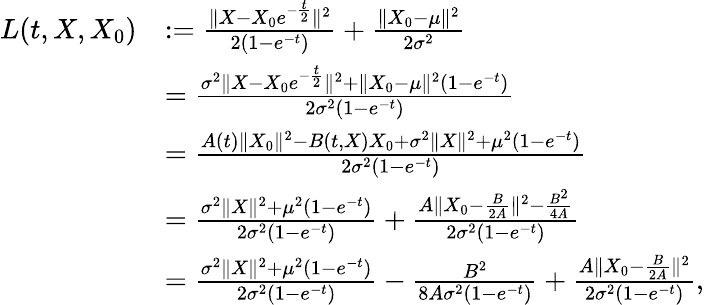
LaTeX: \begin{array}{rl}{L(t,X,X_{0})}&{:=\frac{\| X-X_{0}e^{-\frac{t}{2}}\| ^{2}}{2(1-e^{-t})}+\frac{\| X_{0}-\mu\| ^{2}}{2\sigma^{2}}}\\ &{=\frac{\sigma^{2}\| X-X_{0}e^{-\frac{t}{2}}\| ^{2}+\| X_{0}-\mu\| ^{2}(1-e^{-t})}{2\sigma^{2}(1-e^{-t})}}\\ &{=\frac{A(t)\| X_{0}\| ^{2}-B(t,X)X_{0}+\sigma^{2}\| X\| ^{2}+\mu^{2}(1-e^{-t})}{2\sigma^{2}(1-e^{-t})}}\\ &{=\frac{\sigma^{2}\| X\| ^{2}+\mu^{2}(1-e^{-t})}{2\sigma^{2}(1-e^{-t})}+\frac{A\| X_{0}-\frac{B}{2A}\| ^{2}-\frac{B^{2}}{4A}}{2\sigma^{2}(1-e^{-t})}}\\ &{=\frac{\sigma^{2}\| X\| ^{2}+\mu^{2}(1-e^{-t})}{2\sigma^{2}(1-e^{-t})}-\frac{B^{2}}{8A\sigma^{2}(1-e^{-t})}+\frac{A\| X_{0}-\frac{B}{2A}\| ^{2}}{2\sigma^{2}(1-e^{-t})},}\end{array}